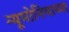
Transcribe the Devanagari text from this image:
न्यूमोनियाच्या